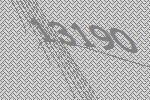
13190